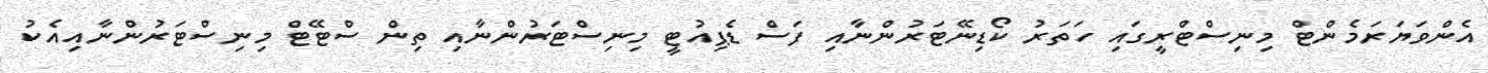
އެންވަޔަރަމެންޓް މިނިސްޓްރީގައި ހަތަރު ކޯޑިނޭޓަރުންނާއި ފަސް ޑެޕިއުޓީ މިނިސްޓަރުންނާއި ތިން ސްޓޭޓް މިނިސްޓަރުންނާއިއެކު